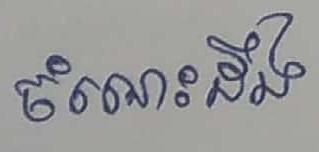
ចំណេះដឹង